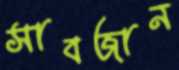
সাবজান